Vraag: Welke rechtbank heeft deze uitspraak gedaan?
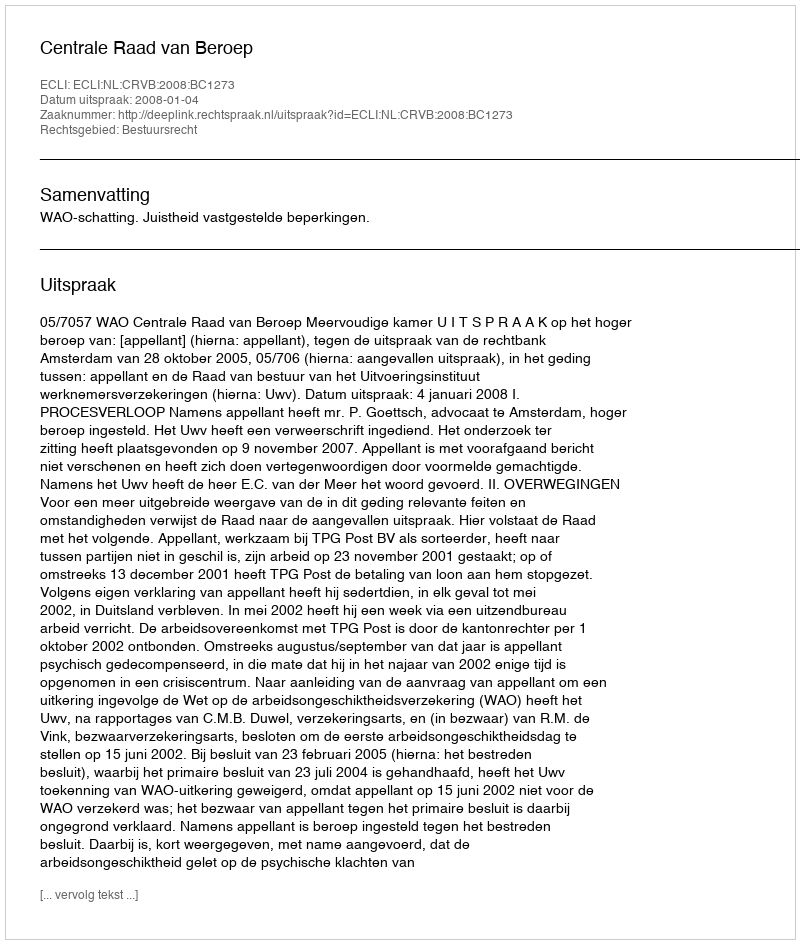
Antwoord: Centrale Raad van Beroep